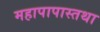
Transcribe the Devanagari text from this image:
महापापास्तथा